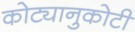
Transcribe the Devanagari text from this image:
कोट्यानुकोटी